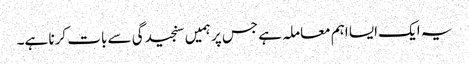
یہ ایک ایسا اہم معاملہ ہے جس پر ہمیں سنجیدگی سے بات کرنا ہے۔